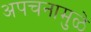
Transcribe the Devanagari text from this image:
अपचनामुळे